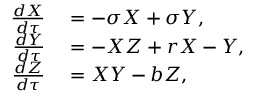
\begin{array} { r l } { \frac { d X } { d \tau } } & { { } = - \sigma X + \sigma Y , } \\ { \frac { d Y } { d \tau } } & { { } = - X Z + r X - Y , } \\ { \frac { d Z } { d \tau } } & { { } = X Y - b Z , } \end{array}